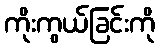
ကိုးကွယ်ခြင်းကို